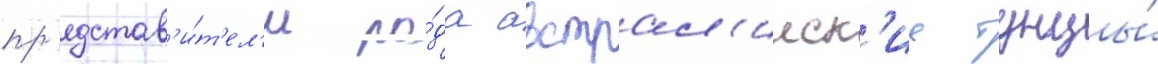
пр'едстав'и́т'ел'и ро́да австрал'ииск'ие тунцы́